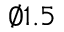
\varnothing 1 . 5